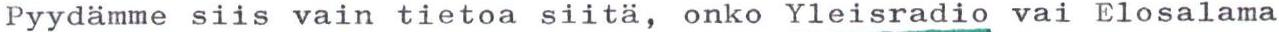
Pyydämme siis vain tietoa siitä, onko Yleisradio vai Elosalama